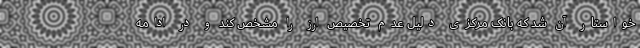
خواستار آن شد که بانک مرکزی دلیل عدم تخصیص ارز را مشخص کند و در ادامه